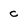
Character: c